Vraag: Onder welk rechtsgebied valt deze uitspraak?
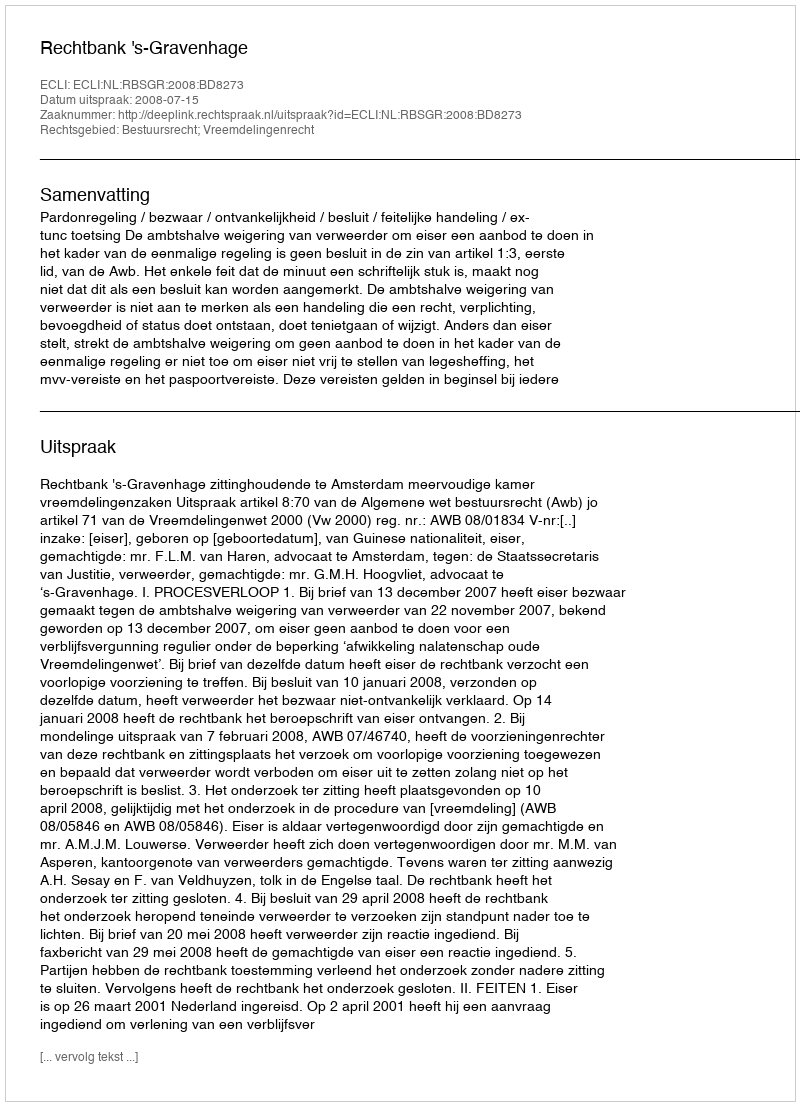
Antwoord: Bestuursrecht; Vreemdelingenrecht